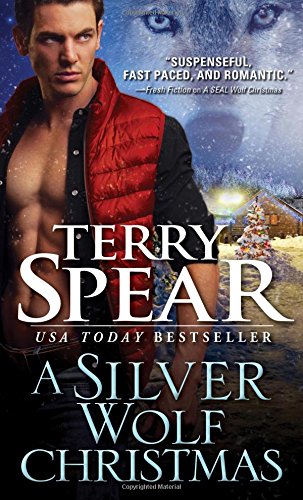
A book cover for A Silver Wolf Christmas (Silver Town Wolf); Terry Spear; Romance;